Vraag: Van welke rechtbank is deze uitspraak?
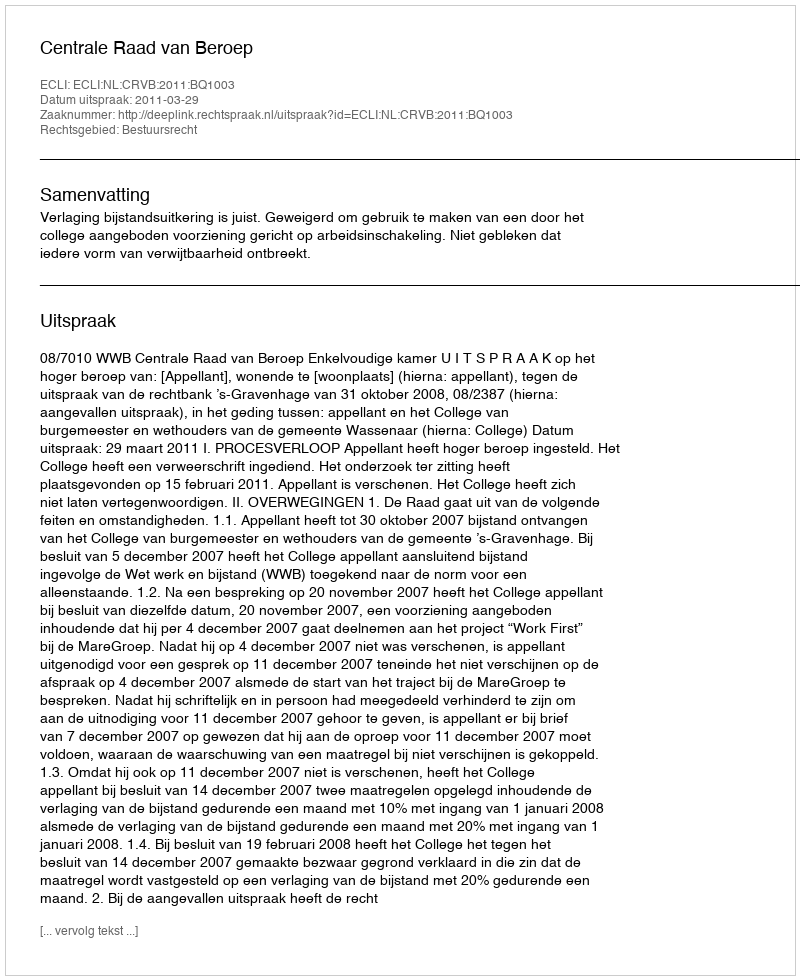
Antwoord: Centrale Raad van Beroep